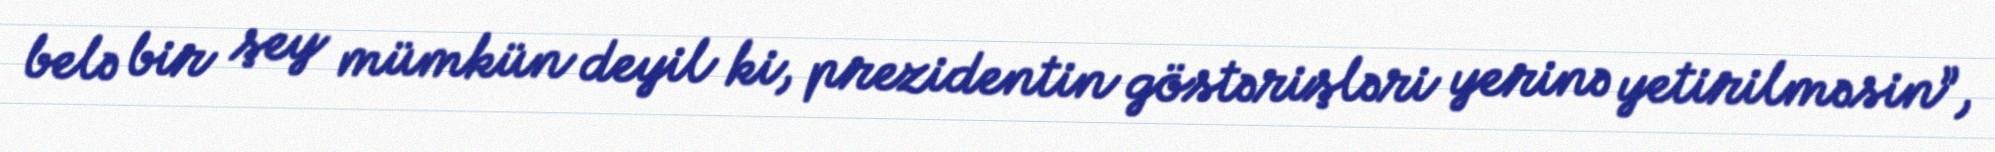
belə bir şey mümkün deyil ki, prezidentin göstərişləri yerinə yetirilməsin”,